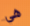
هي